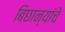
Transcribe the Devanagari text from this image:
बिछान्यांचे